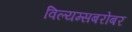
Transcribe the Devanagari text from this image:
विल्यम्सबरोबर